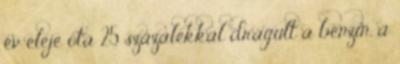
év eleje óta 25 százalékkal drágult a benzin, a